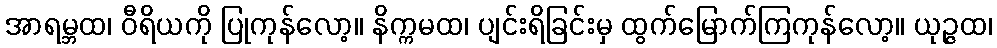
အာရမ္ဘထ၊ ဝီရိယကို ပြုကုန်လော့။ နိက္ကမထ၊ ပျင်းရိခြင်းမှ ထွက်မြောက်ကြကုန်လော့။ ယုဉ္ဇထ၊